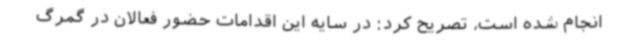
انجام شده است، تصریح کرد: در سایه این اقدامات حضور فعالان در گمرگ